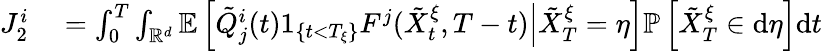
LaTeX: \begin{array}{rl}{J_{2}^{i}}&{{}=\int_{0}^{T}\int_{\mathbb{R}^{d}}\mathbb{E}\left[\left.\tilde{Q}_{j}^{i}(t)1_{\{ t<T_{\xi}\} }F^{j}(\tilde{X}_{t}^{\xi},T-t)\right|\tilde{X}_{T}^{\xi}=\eta\right]\mathbb{P}\left[\tilde{X}_{T}^{\xi}\in\mathrm{d}\eta\right]\mathrm{d}t}\end{array}